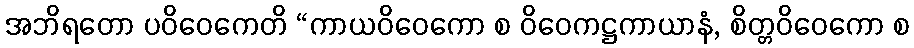
အဘိရတော ပဝိဝေကေတိ “ကာယဝိဝေကော စ ဝိဝေကဋ္ဌကာယာနံ, စိတ္တဝိဝေကော စ